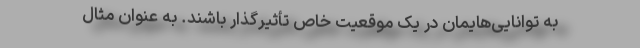
به توانایی‌هایمان در یک موقعیت خاص تأثیرگذار باشند. به عنوان مثال